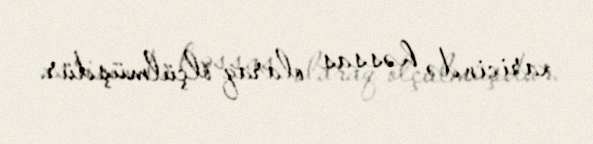
xaricində həssas olaraq ölçülmüşdür.